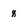
Character: q